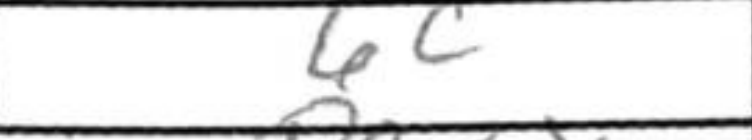
Transcription: 6c